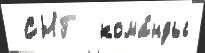
 СНГ  кома́нды